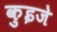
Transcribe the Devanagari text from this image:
कुइजे